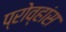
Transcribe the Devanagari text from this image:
प्रोव्हांस